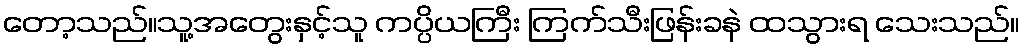
တော့သည်။သူ့အတွေးနှင့်သူ ကပ္ပိယကြီး ကြက်သီးဖြန်းခနဲ ထသွားရ သေးသည်။